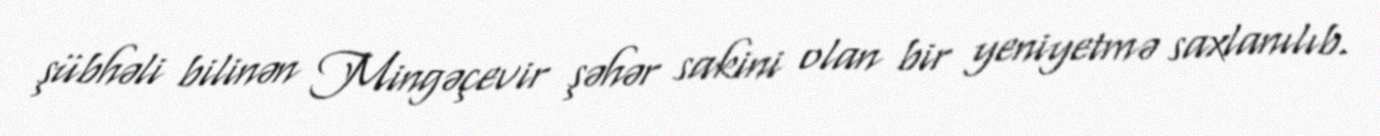
şübhəli bilinən Mingəçevir şəhər sakini olan bir yeniyetmə saxlanılıb.